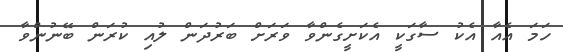
ހަމަ އެއާ އެކު ސާގަކީ އެކަށީގެންވާ ވަރަށް ބަރުދަން ލުއި ކުރަން ބޭނުންވާ